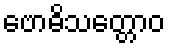
ဗောဓိသတ္တောဝ